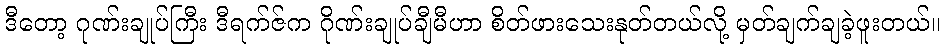
ဒီတော့ ဂုဏ်းချုပ်ကြီး ဒီရက်ဇ်က ဂိုဏ်းချုပ်ချီမီဟာ စိတ်ဖားသေးနုတ်တယ်လို့ မှတ်ချက်ချခဲ့ဖူးတယ်။